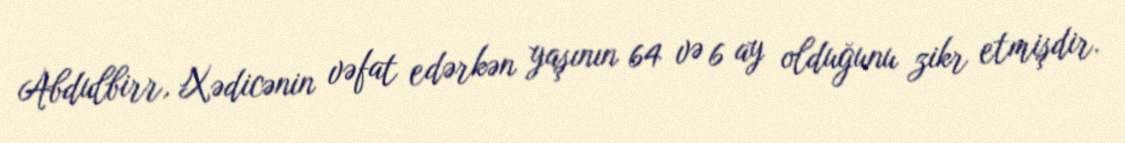
Abdulbirr, Xədicənin vəfat edərkən yaşının 64 və 6 ay olduğunu zikr etmişdir.